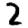
Digit: 2